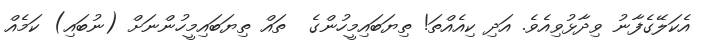
އެކަލޭގެފާނު ވިދާޅުވިއެވެ. އަދި ކިއެއްތަ! ތިޔަބައިމީހުންގެ  ތައް ތިޔަބައިމީހުންނަށް (ނުބައި) ކަމެއް